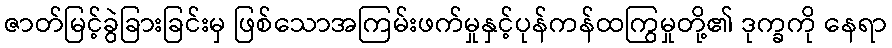
ဇာတ်မြင့်ခွဲခြားခြင်းမှ ဖြစ်သောအကြမ်းဖက်မှုနှင့်ပုန်ကန်ထကြွမှုတို့၏ ဒုက္ခကို နေရာ